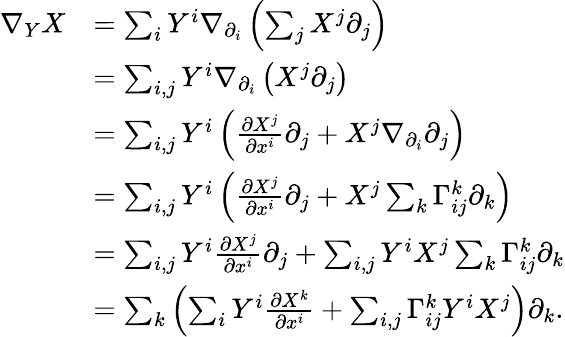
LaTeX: \begin{array}{rl}{\nabla_{Y}X}&{=\sum_{i}Y^{i}\nabla_{\partial_{i}}\left(\sum_{j}X^{j}\partial_{j}\right)}\\ &{=\sum_{i,j}Y^{i}\nabla_{\partial_{i}}\left(X^{j}\partial_{j}\right)}\\ &{=\sum_{i,j}Y^{i}\left(\frac{\partial X^{j}}{\partial x^{i}}\partial_{j}+X^{j}\nabla_{\partial_{i}}\partial_{j}\right)}\\ &{=\sum_{i,j}Y^{i}\left(\frac{\partial X^{j}}{\partial x^{i}}\partial_{j}+X^{j}\sum_{k}\Gamma_{ij}^{k}\partial_{k}\right)}\\ &{=\sum_{i,j}Y^{i}\frac{\partial X^{j}}{\partial x^{i}}\partial_{j}+\sum_{i,j}Y^{i}X^{j}\sum_{k}\Gamma_{ij}^{k}\partial_{k}}\\ &{=\sum_{k}\left(\sum_{i}Y^{i}\frac{\partial X^{k}}{\partial x^{i}}+\sum_{i,j}\Gamma_{ij}^{k}Y^{i}X^{j}\right)\partial_{k}.}\end{array}